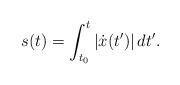
LaTeX: \begin{align*}s(t)=\int_{t_{0}}^{t}\left\vert \dot{x} (t^{\prime })\right\vert dt^{\prime }. \end{align*}